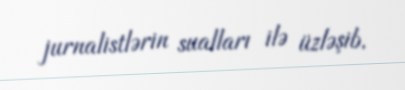
jurnalistlərin sualları ilə üzləşib.